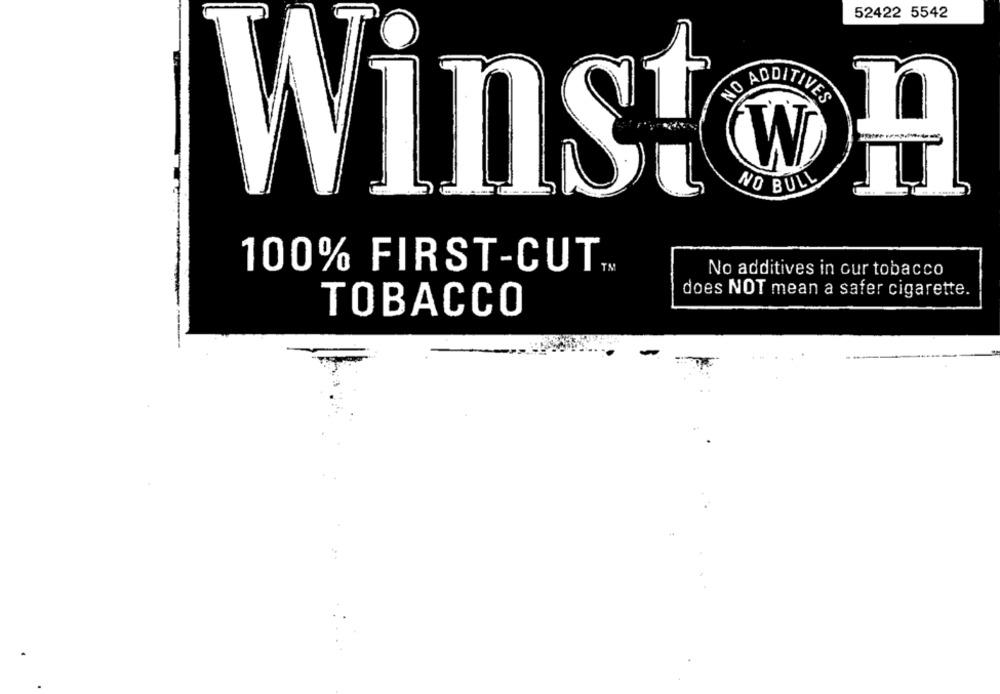
52422 5542
ADDITIVES
W
Winst
---
NO BULL
100% FIRST-CUT
No additives in cur tobacco
does NOT mean a safer cigarette.
TOBACCO